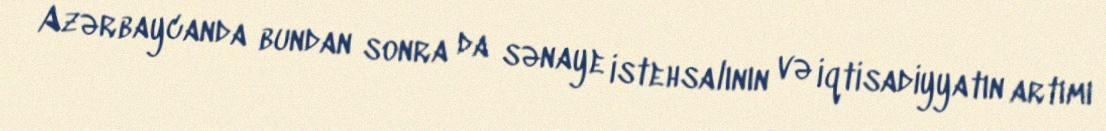
Azərbaycanda bundan sonra da sənaye istehsalının və iqtisadiyyatın artımı